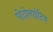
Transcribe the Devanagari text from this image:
पोदोसाईटिक